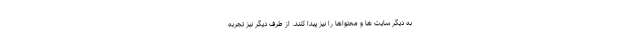
به دیگر سایت ها و محتواها را نیز پیدا کنند. از طرف دیگر نیز تجربه